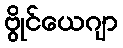
ဗွိုင်ယေဂျာ